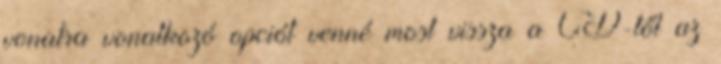
vonatra vonatkozó opciót venné most vissza a ČD-től az